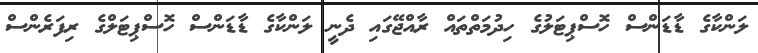
ލަންކާގެ ޑާޑަންސް ހޮސްޕިޓަލުގެ ހިދުމަތްތައް ރާއްޖޭގައި ދެނީ ލަންކާގެ ޑާޑަންސް ހޮސްޕިޓަލްގެ ރިފަރެންސް